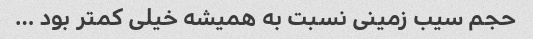
حجم سیب زمینی نسبت به همیشه خیلی کمتر بود …